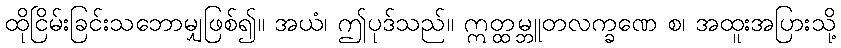
ထိုငြိမ်းခြင်းသဘောမျှဖြစ်၍။ အယံ၊ ဤပုဒ်သည်။ ဣတ္ထမ္ဘူတလက္ခဏေ စ၊ အထူးအပြားသို့